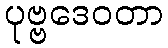
ပုဗ္ဗဒေဝတာ